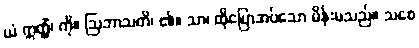
ယံ ဣတ္ထိံ၊ ကို။ ဩဘာသတိ၊ ၏။ သာ၊ ထိုပြောအပ်သော မိန်းမသည်။ သစေ